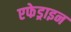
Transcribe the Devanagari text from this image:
एफेड्राइन